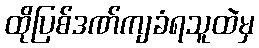
ထိုပြစ်ဒဏ်ကျခံရသူထဲမှ